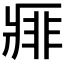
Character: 𰣱